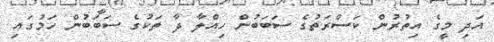
އަދި މީގެ އިތުރުން ކަސްރަތުގެ ސަބަބުން ހިއްލާ ދާ ތަކުގެ ސަބަބުން ހަމުގައި